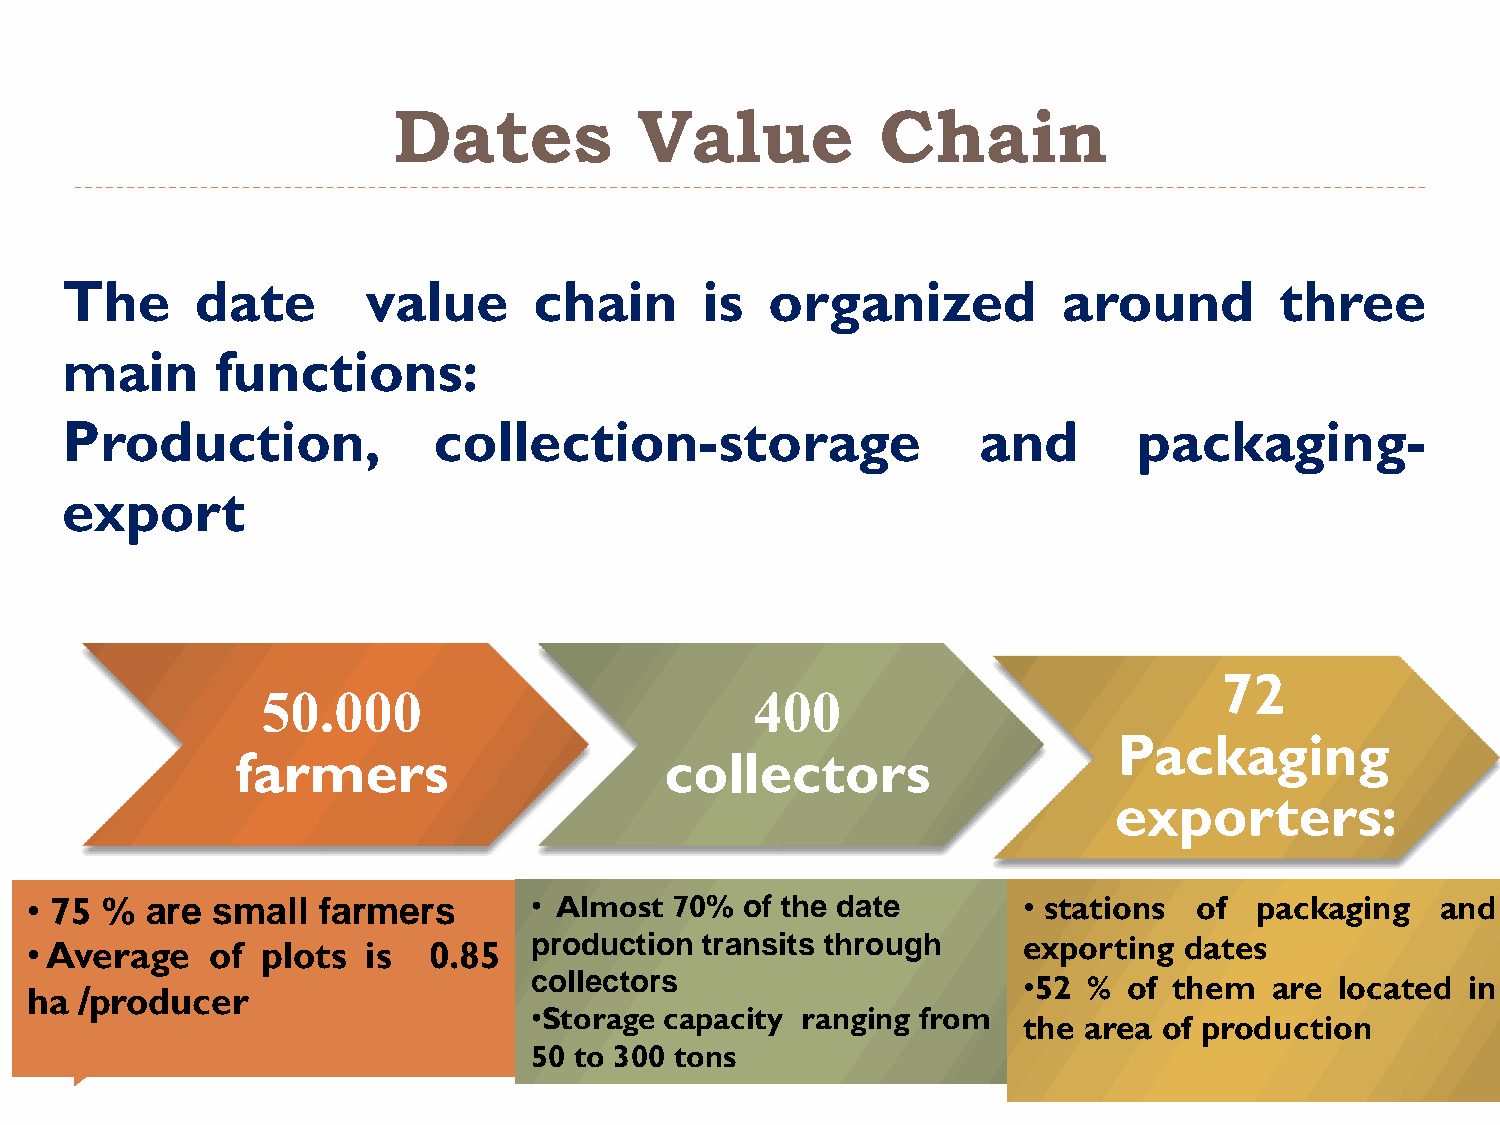
Dates           Value           Chain
 The      date       value      chain       is  organized          around         three
 main      functions:
 Production,              collection-storage                  and       packaging-
 export
 72
 50.000                           400
 Packaging
 farmers                     collectors
 exporters:
 • 75 %  are small  farmers       • Almost 70%  of the date        • stations of  packaging   and
 • Average   of plots  is  0.85   production transits through      exporting dates
 collectors                       •52 %  of them  are  located in
 ha /producer
 •Storage capacity ranging from
 the area of production
 50 to 300 tons